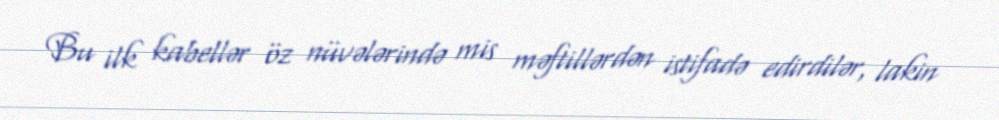
Bu ilk kabellər öz nüvələrində mis məftillərdən istifadə edirdilər, lakin